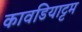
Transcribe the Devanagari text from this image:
कावडियाट्टम